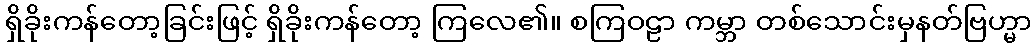
ရှိခိုးကန်တော့ခြင်းဖြင့် ရှိခိုးကန်တော့ ကြလေ၏။ စကြဝဠာ ကမ္ဘာ တစ်သောင်းမှနတ်ဗြဟ္မာ